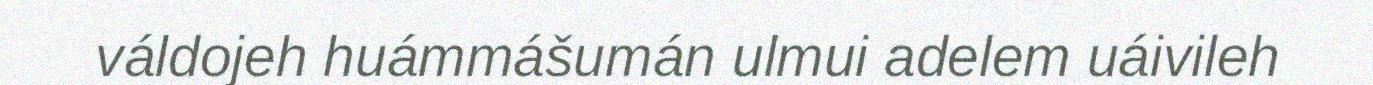
váldojeh huámmášumán ulmui adelem uáivileh